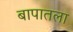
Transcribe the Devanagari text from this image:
बापातला